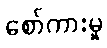
စော်ကားမှု